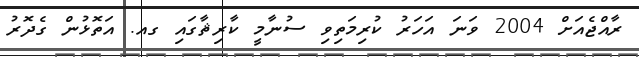
ރާއްޖެއަށް 2004 ވަނަ އަހަރު ކުރިމަތިވި ސުނާމީ ކާރިޘާގައި ގއ. އަތޮޅުން ގެދޮރު